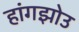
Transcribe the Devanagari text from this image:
हांगझोउ